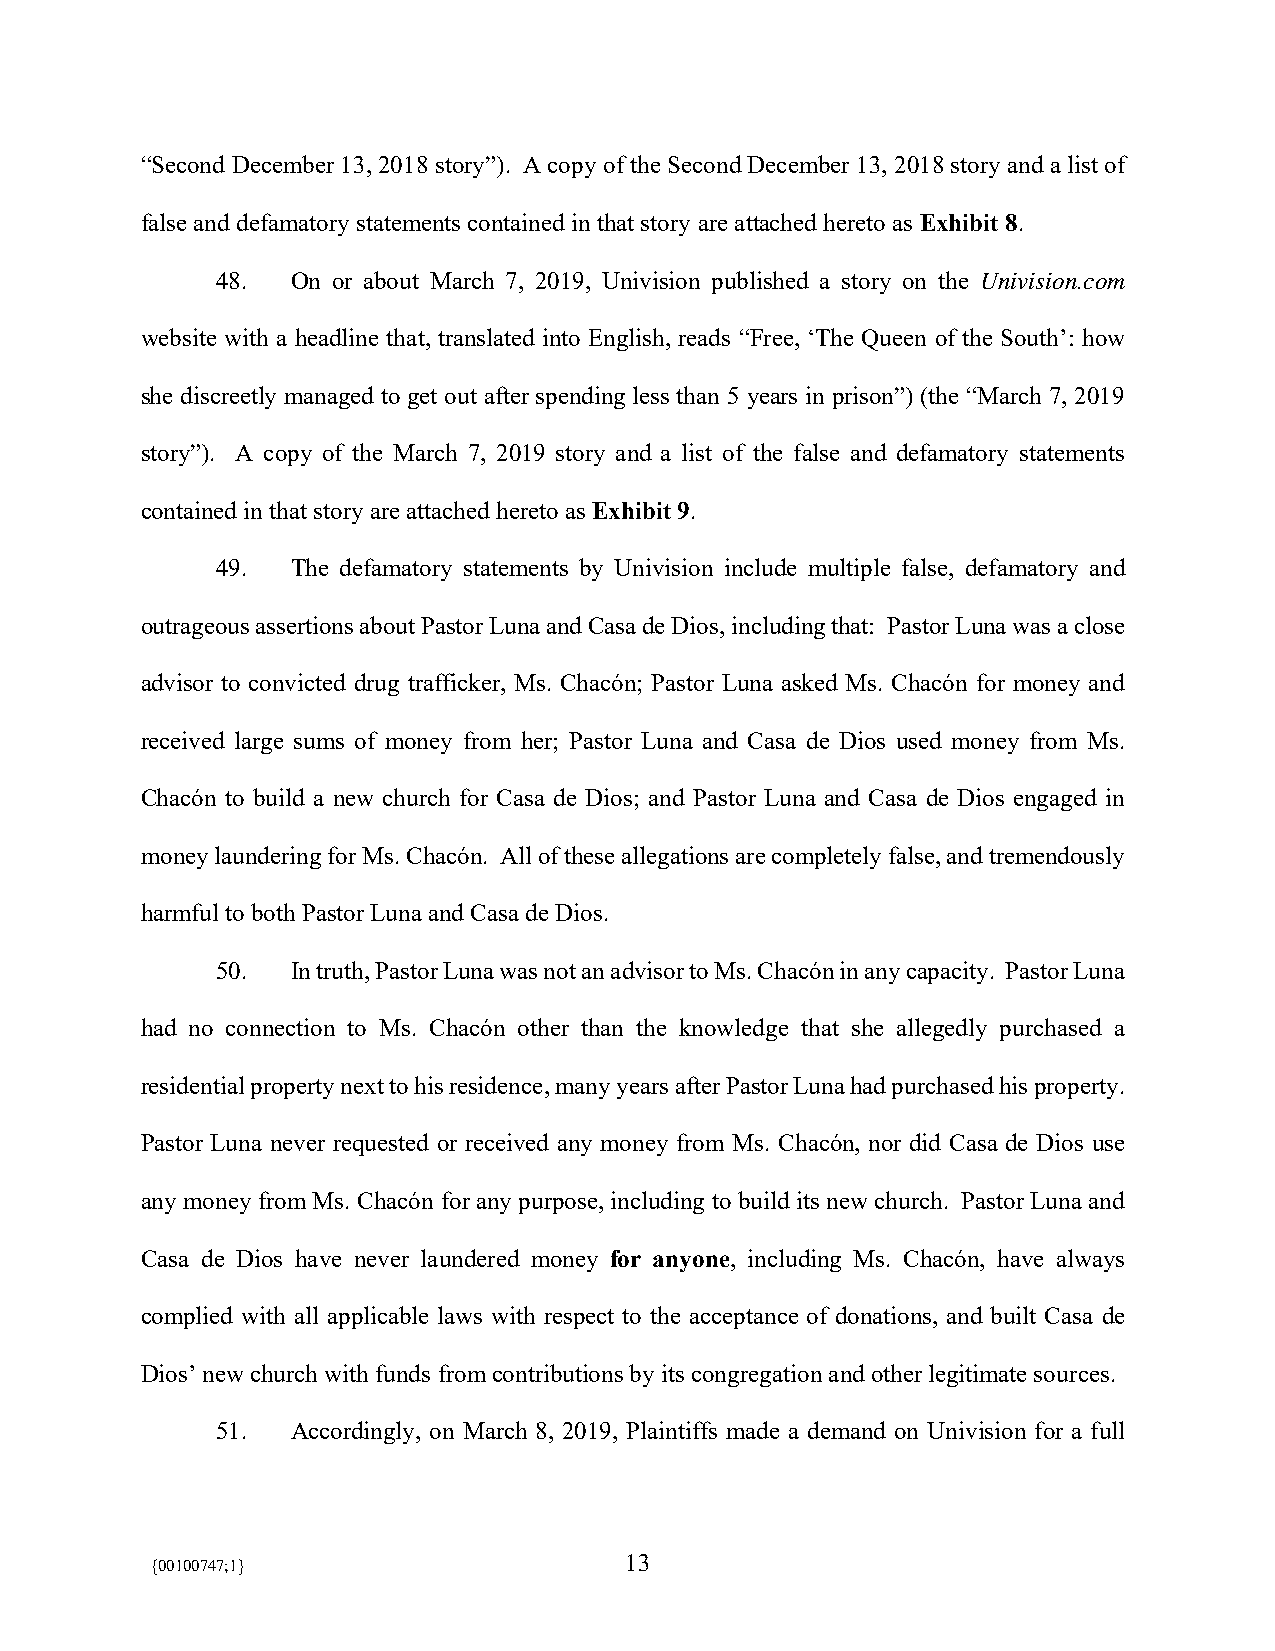
“Second December 13, 2018 story”). A copy of the Second December 13, 2018 story and a list of
 false and defamatory statements contained in that story are attached hereto as Exhibit 8.
 48.  On or about March 7, 2019, Univision published a story on the Univision.com
 website with a headline that, translated into English, reads “Free, ‘The Queen of the South’: how
 she discreetly managed to get out after spending less than 5 years in prison”) (the “March 7, 2019
 story”). A copy of the March 7, 2019 story and a list of the false and defamatory statements
 contained in that story are attached hereto as Exhibit 9.
 49.  The defamatory statements by Univision include multiple false, defamatory and
 outrageous assertions about Pastor Luna and Casa de Dios, including that: Pastor Luna was a close
 advisor to convicted drug trafficker, Ms. Chacón; Pastor Luna asked Ms. Chacón for money and
 received large sums of money from her; Pastor Luna and Casa de Dios used money from Ms.
 Chacón to build a new church for Casa de Dios; and Pastor Luna and Casa de Dios engaged in
 money laundering for Ms. Chacón. All of these allegations are completely false, and tremendously
 harmful to both Pastor Luna and Casa de Dios.
 50.  In truth, Pastor Luna was not an advisor to Ms. Chacón in any capacity. Pastor Luna
 had no connection to Ms. Chacón other than the knowledge that she allegedly purchased a
 residential property next to his residence, many years after Pastor Luna had purchased his property.
 Pastor Luna never requested or received any money from Ms. Chacón, nor did Casa de Dios use
 any money from Ms. Chacón for any purpose, including to build its new church. Pastor Luna and
 Casa de Dios have never laundered money for anyone, including Ms. Chacón, have always
 complied with all applicable laws with respect to the acceptance of donations, and built Casa de
 Dios’ new church with funds from contributions by its congregation and other legitimate sources.
 51.  Accordingly, on March 8, 2019, Plaintiffs made a demand on Univision for a full
 13
 {00100747;1}